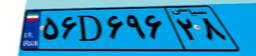
۵۶D۶۹۶۲۸